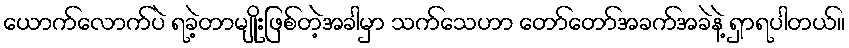
ယောက်လောက်ပဲ ရခဲ့တာမျိုးဖြစ်တဲ့အခါမှာ သက်သေဟာ တော်တော်အခက်အခဲနဲ့ ရှာရပါတယ်။